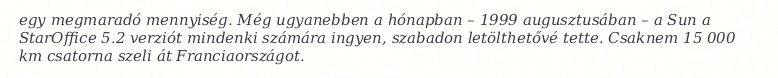
egy megmaradó mennyiség. Még ugyanebben a hónapban – 1999 augusztusában – a Sun a StarOffice 5.2 verziót mindenki számára ingyen, szabadon letölthetővé tette. Csaknem 15 000 km csatorna szeli át Franciaországot.